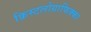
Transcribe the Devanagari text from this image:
क्रिस्टलोग्राफिक्का